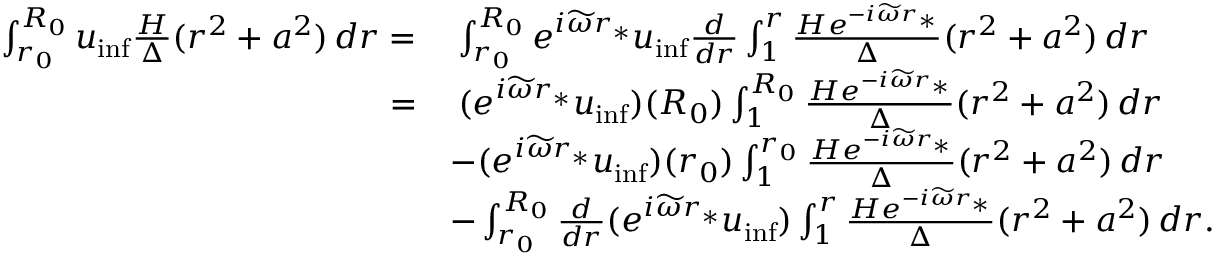
\begin{array} { r l } { \int _ { r _ { 0 } } ^ { R _ { 0 } } u _ { \mathrm { i n f } } \frac { H } { \Delta } ( r ^ { 2 } + a ^ { 2 } ) \, d r = } & { \: \int _ { r _ { 0 } } ^ { R _ { 0 } } e ^ { i \widetilde { \omega } r _ { * } } { u } _ { \mathrm { i n f } } \frac { d } { d r } \int _ { 1 } ^ { r } \frac { H e ^ { - i \widetilde { \omega } r _ { * } } } { \Delta } ( r ^ { 2 } + a ^ { 2 } ) \, d r } \\ { = } & { \: ( e ^ { i \widetilde { \omega } r _ { * } } { u } _ { \mathrm { i n f } } ) ( R _ { 0 } ) \int _ { 1 } ^ { R _ { 0 } } \frac { H e ^ { - i \widetilde { \omega } r _ { * } } } { \Delta } ( r ^ { 2 } + a ^ { 2 } ) \, d r } \\ & { - ( e ^ { i \widetilde { \omega } r _ { * } } { u } _ { \mathrm { i n f } } ) ( r _ { 0 } ) \int _ { 1 } ^ { r _ { 0 } } \frac { H e ^ { - i \widetilde { \omega } r _ { * } } } { \Delta } ( r ^ { 2 } + a ^ { 2 } ) \, d r } \\ & { - \int _ { r _ { 0 } } ^ { R _ { 0 } } \frac { d } { d r } ( e ^ { i \widetilde { \omega } r _ { * } } { u } _ { \mathrm { i n f } } ) \int _ { 1 } ^ { r } \frac { H e ^ { - i \widetilde { \omega } r _ { * } } } { \Delta } ( r ^ { 2 } + a ^ { 2 } ) \, d r . } \end{array}